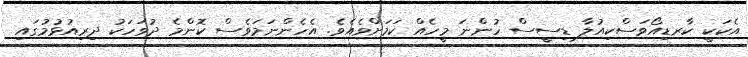
އެކަކީ ކާރޑިއޯވަސްކިއުލާ ޑިސީސް ހުންނަ މީހެއް ކަމަށްވެއެވެ. އެހެންނަމަވެސް ކޮންމެ ދުވަހަކު ދިރިއުޅުމުގައި